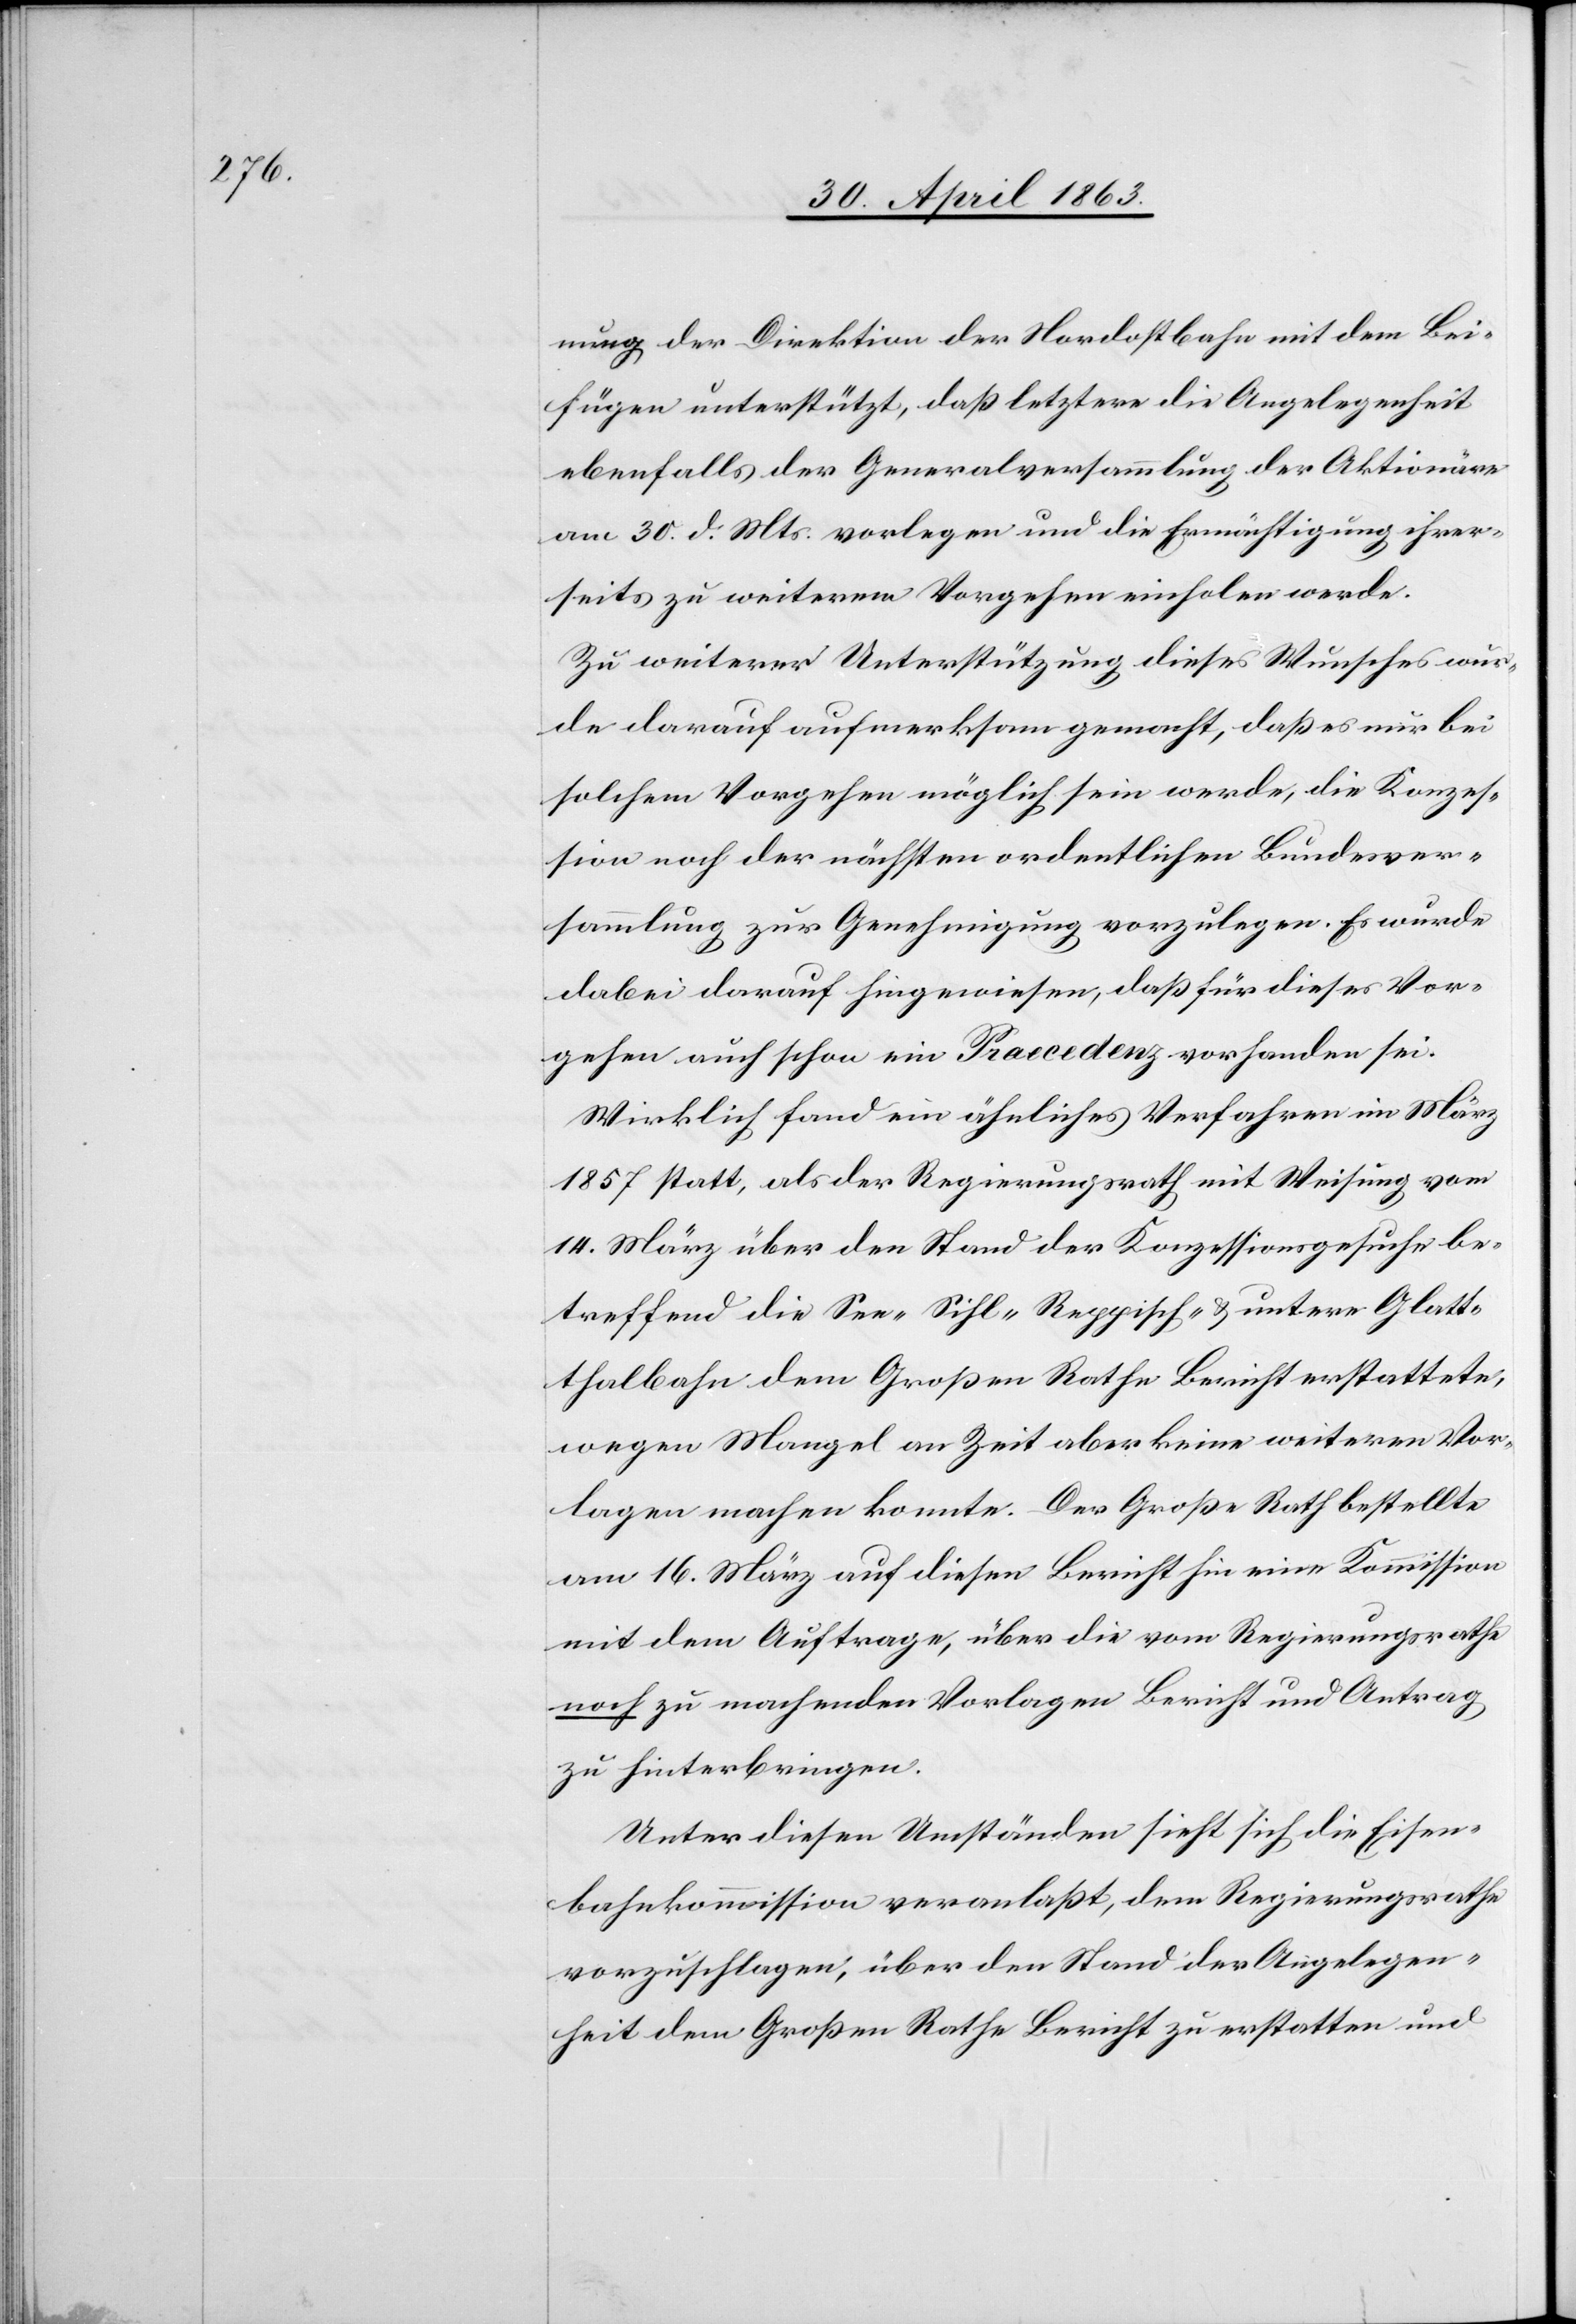
nung der Direktion der Nordostbahn mit dem Bei¬
fügen unterstützt, daß letztere die Angelegenheit
ebenfalls der Generalversammlung der Aktionäre
am 30. d. Mts. vorlegen und die Ermächtigung ihrer¬
seits zu weiterem Vorgehen einholen werde.
Zu weiterer Unterstützung dieses Wunsches wur¬
de darauf aufmerksam gemacht, daß es nur bei
solchem Vorgehen möglich sein werde, die Konzes¬
sion noch der nächsten ordentlichen Bundesver¬
sammlung zur Genehmigung vorzulegen. Es wurde
dabei darauf hingewiesen, daß für dieses Vor¬
gehen auch schon ein Praecedenz vorhanden sei.
Wirklich fand ein ähnliches Verfahren im März
1857 statt, als der Regierungsrath mit Weisung vom
14. März über den Stand der Konzessionsgesuche be¬
treffend die See-[,] Sihl-[,] Reppisch- & untere Glat¬
thalbahn dem Großen Rathe Bericht erstattete,
wegen Mangel an Zeit aber keine weiteren Vor¬
lagen machen konnte. Der Große Rath bestellte
am 16. März auf diesen Bericht hin eine Kommission
mit dem Auftrage, über die vom Regierungsrathe
noch zu machenden Vorlagen Bericht und Antrag
zu hinterbringen.
Unter diesen Umständen sieht sich die Eisen¬
bahnkommission veranlaßt, dem Regierungsrathe
vorzuschlagen, über den Stand der Angelegen¬
heit dem Großen Rathe Bericht zu erstatten und